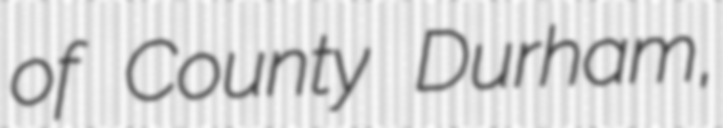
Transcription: of County Durham,